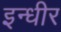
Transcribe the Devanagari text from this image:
इन्धीर